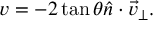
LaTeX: v = - 2 \tan \theta \hat { n } \cdot \vec { v } _ { \perp } .